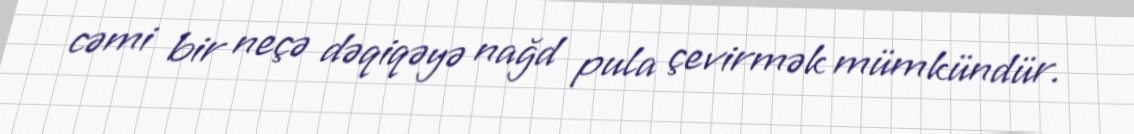
cəmi bir neçə dəqiqəyə nağd pula çevirmək mümkündür.